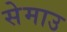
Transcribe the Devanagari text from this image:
सेमाउ